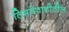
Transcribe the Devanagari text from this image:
लिमयेवाडीतील